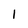
Character: 1